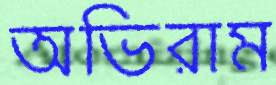
অভিরাম